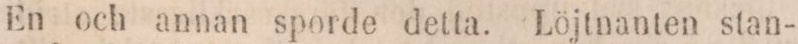
En och annan sporde detta. Löjtnanten stan-